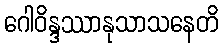
ဂေါဝိန္ဒဿာနုသာသနေတိ